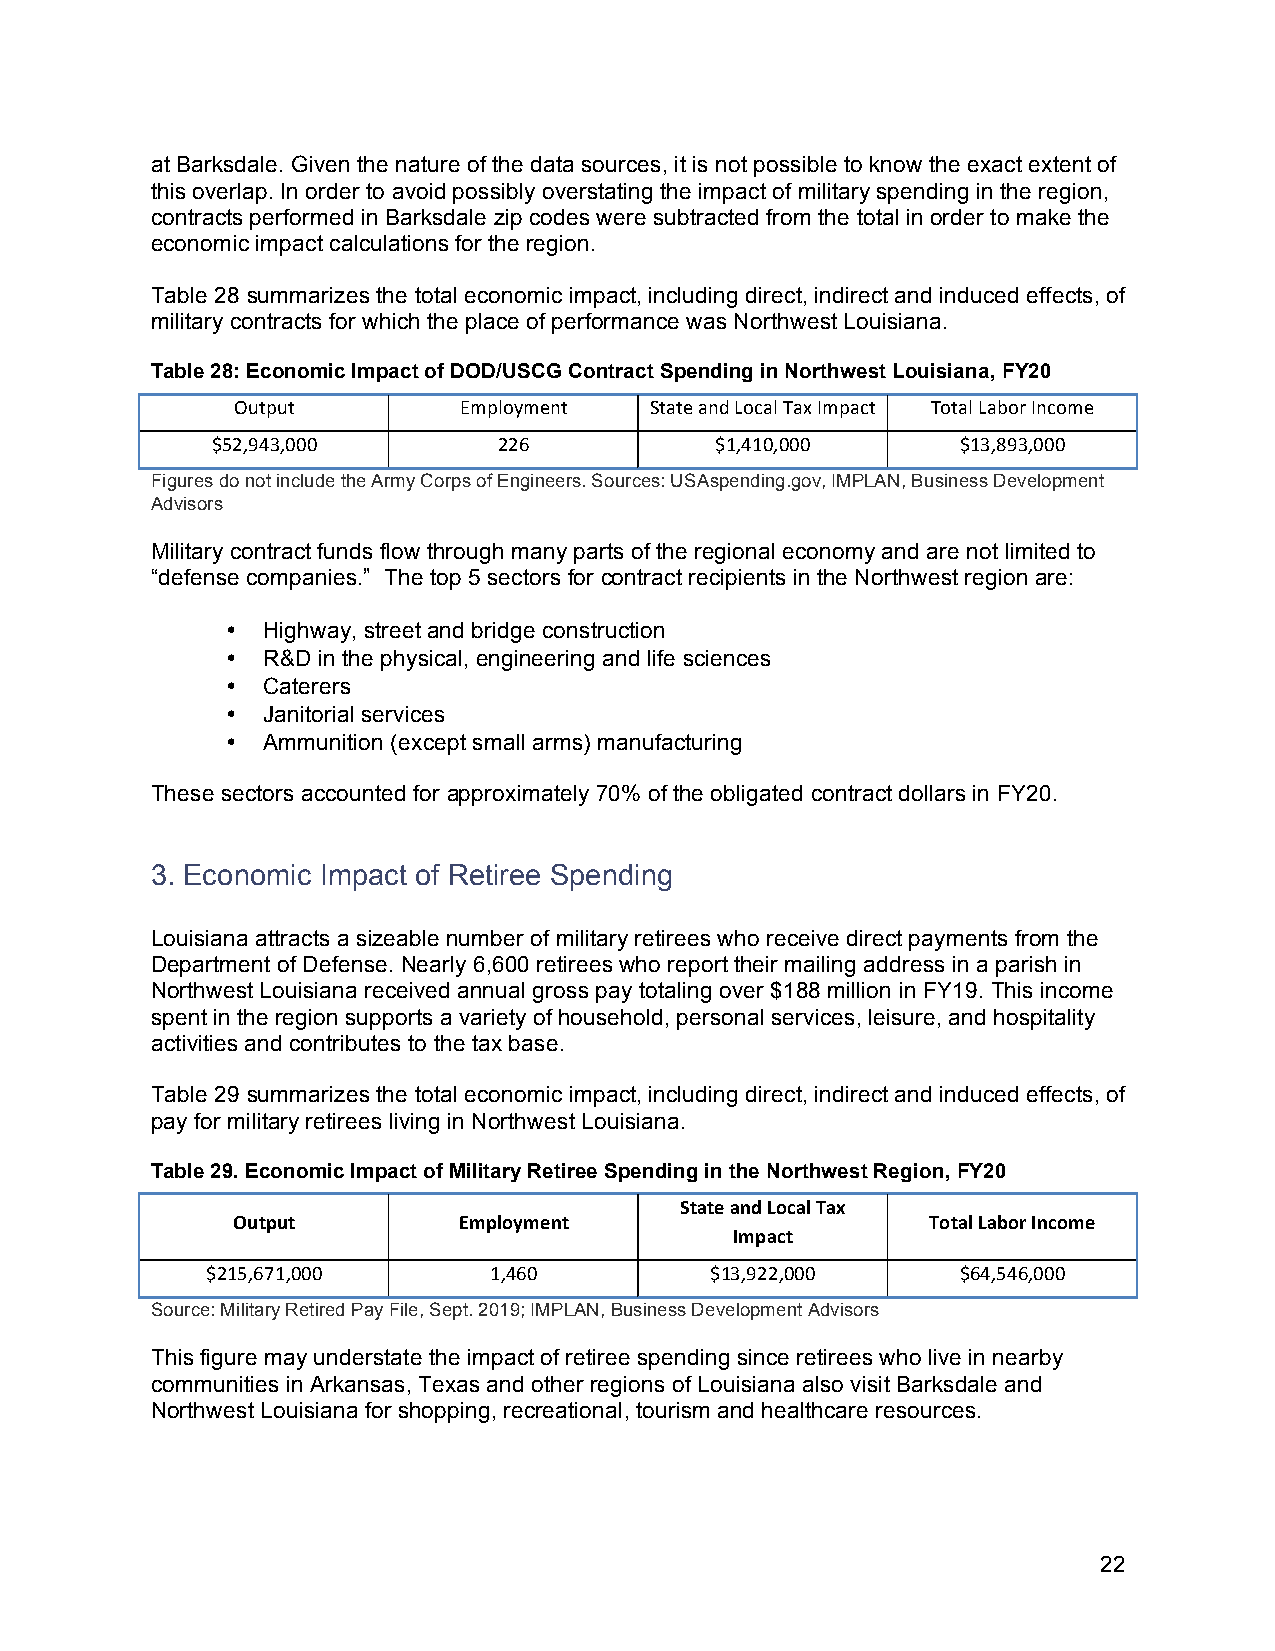
at Barksdale. Given the nature of the data sources, it is not possible to know the exact extent of
 this overlap. In order to avoid possibly overstating the impact of military spending in the region,
 contracts performed in Barksdale zip codes were subtracted from the total in order to make the
 economic impact calculations for the region.
 Table 28 summarizes the total economic impact, including direct, indirect and induced effects, of
 military contracts for which the place of performance was Northwest Louisiana.
 Table 28: Economic Impact of DOD/USCG Contract Spending in Northwest Louisiana, FY20
 Output        Employment   State and Local Tax Impact Total Labor Income
 $52,943,000        226           $1,410,000       $13,893,000
 Figures do not include the Army Corps of Engineers. Sources: USAspending.gov, IMPLAN, Business Development
 Advisors
 Military contract funds flow through many parts of the regional economy and are not limited to
 “defense companies.” The top 5 sectors for contract recipients in the Northwest region are:
 • Highway, street and bridge construction
 • R&D in the physical, engineering and life sciences
 • Caterers
 • Janitorial services
 • Ammunition (except small arms) manufacturing
 These sectors accounted for approximately 70% of the obligated contract dollars in FY20.
 3. Economic Impact of Retiree Spending
 Louisiana attracts a sizeable number of military retirees who receive direct payments from the
 Department of Defense. Nearly 6,600 retirees who report their mailing address in a parish in
 Northwest Louisiana received annual gross pay totaling over $188 million in FY19. This income
 spent in the region supports a variety of household, personal services, leisure, and hospitality
 activities and contributes to the tax base.
 Table 29 summarizes the total economic impact, including direct, indirect and induced effects, of
 pay for military retirees living in Northwest Louisiana.
 Table 29. Economic Impact of Military Retiree Spending in the Northwest Region, FY20
 State and Local Tax
 Output         Employment                      Total Labor Income
 Impact
 $215,671,000      1,460          $13,922,000      $64,546,000
 Source: Military Retired Pay File, Sept. 2019; IMPLAN, Business Development Advisors
 This figure may understate the impact of retiree spending since retirees who live in nearby
 communities in Arkansas, Texas and other regions of Louisiana also visit Barksdale and
 Northwest Louisiana for shopping, recreational, tourism and healthcare resources.
 22